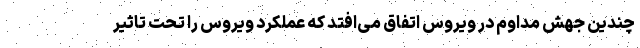
چندین جهش مداوم در ویروس اتفاق می‌افتد که عملکرد ویروس را تحت تاثیر